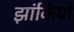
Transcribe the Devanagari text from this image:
झांकियो